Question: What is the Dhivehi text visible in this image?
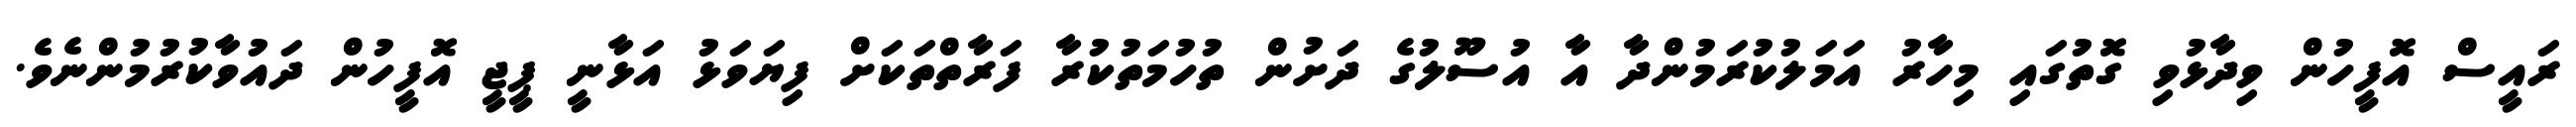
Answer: ރައީސް އޮފީހުން ވިދާޅުވި ގޮތުގައި މިހާރު އަމަލުކުރަމުންދާ އާ އުސޫލުގެ ދަށުން ތުހުމަތުކުރާ ފަރާތްތަކަށް ފިޔަވަޅު އަޅާނީ ޕީޖީ އޮފީހުން ދައުވާކުރުމުންނެވެ.